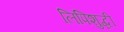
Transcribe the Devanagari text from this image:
लिपिशुद्धी